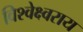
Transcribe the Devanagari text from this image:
विश्वेक्ष्वराय